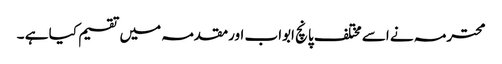
محترمہ نے اسے مختلف پانچ ابواب اورمقدمہ میں تقسیم کیا ہے ۔